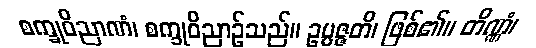
စက္ခုဝိညာဏံ၊ စက္ခုဝိညာဉ်သည်။ ဥပ္ပဇ္ဇတိ၊ ဖြစ်၏။ တိဏ္ဏံ၊